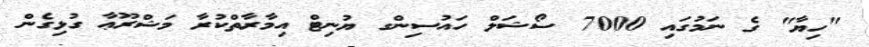
"ހިޔާ" ގެ ނަމުގައި 7000 ސޯޝަލް ހައުސިންގ ޔުނިޓް އިމާރާތްކުރާ މަޝްރޫޢާ ގުޅިގެން